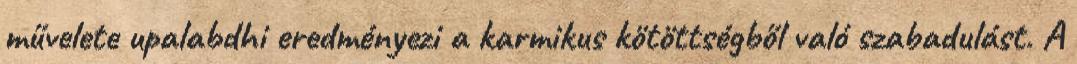
művelete upalabdhi eredményezi a karmikus kötöttségből való szabadulást. A